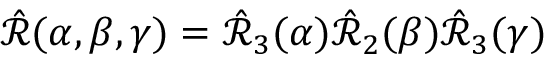
\begin{array} { r } { \hat { \mathcal { R } } ( \alpha , \beta , \gamma ) = \hat { \mathcal { R } } _ { 3 } ( \alpha ) \hat { \mathcal { R } } _ { 2 } ( \beta ) \hat { \mathcal { R } } _ { 3 } ( \gamma ) } \end{array}